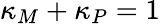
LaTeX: \kappa_{M}+\kappa_{P}=1